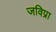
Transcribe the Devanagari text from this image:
जविप्रा